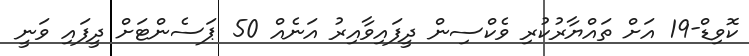
ކޮވިޑް-19 އަށް ތައްޔާރުކުރި ވެކްސިން ދީފައިވާއިރު އަނެއް 50 ޕަސެންޓަށް ދީފައި ވަނީ